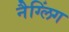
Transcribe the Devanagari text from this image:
नैग्लिंग